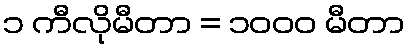
၁ ကီလိုမီတာ = ၁၀၀၀ မီတာ